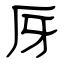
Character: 厊